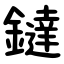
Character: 鐽